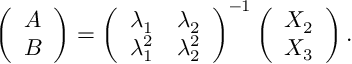
\left( \begin{array} { l } { A } \\ { B } \end{array} \right) = \left( \begin{array} { l l } { \lambda _ { 1 } } & { \lambda _ { 2 } } \\ { \lambda _ { 1 } ^ { 2 } } & { \lambda _ { 2 } ^ { 2 } } \end{array} \right) ^ { - 1 } \left( \begin{array} { l } { X _ { 2 } } \\ { X _ { 3 } } \end{array} \right) .